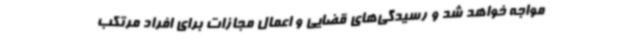
مواجه خواهد شد و رسیدگی‌های قضایی و اعمال مجازات برای افراد مرتکب